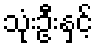
သုံးဦးနှင့်